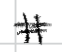
Text: It
Cross-out: double-line
Writing tool: digital_black